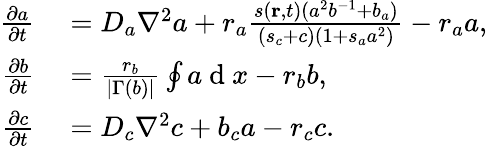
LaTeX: \begin{array}{rl}{\frac{\partial a}{\partial t}}&{{}=D_{a}\nabla^{2}a+r_{a}\frac{s(\textbf{r},t)(a^{2}b^{-1}+b_{a})}{(s_{c}+c)(1+s_{a}a^{2})}-r_{a}a,}\\ {\frac{\partial b}{\partial t}}&{{}=\frac{r_{b}}{|\Gamma(b)|}\oint a\mathrm{~d~}x-r_{b}b,}\\ {\frac{\partial c}{\partial t}}&{{}=D_{c}\nabla^{2}c+b_{c}a-r_{c}c.}\end{array}